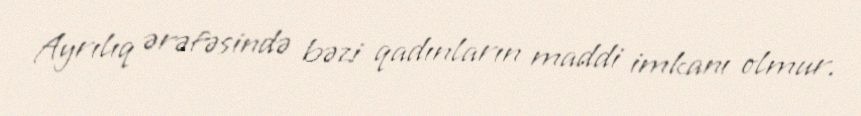
Ayrılıq ərəfəsində bəzi qadınların maddi imkanı olmur.